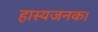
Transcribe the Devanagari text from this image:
हास्यजनक।